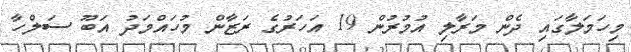
މިހަމަލާގައި ދެން މަރާލި އުމުރުން 19 އަހަރުގެ ރަޒާން މުހައްމަދު އަބޫ ސަލްހާ